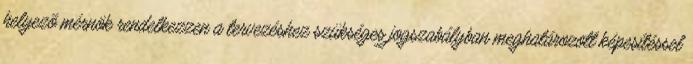
helyezõ mérnök rendelkezzen a tervezéshez szükséges jogszabályban meghatározott képesítéssel